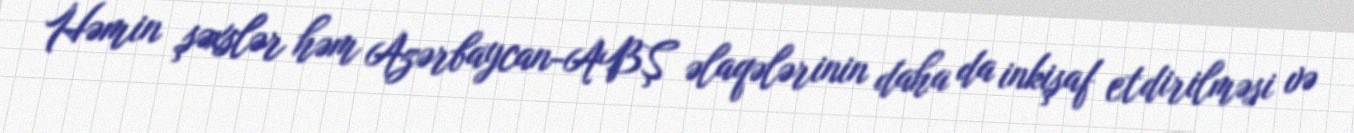
Həmin şəxslər həm Azərbaycan-ABŞ əlaqələrinin daha da inkişaf etdirilməsi və